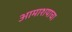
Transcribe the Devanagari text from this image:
आमाशयाचा